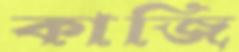
কাজি